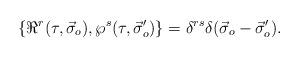
LaTeX: \begin{align*}\{\Re^r(\tau,\vec{\sigma}_o),\wp^s(\tau,\vec{\sigma}'_o)\}=\delta^{rs}\delta(\vec{\sigma}_o-\vec{\sigma}'_o). \end{align*}